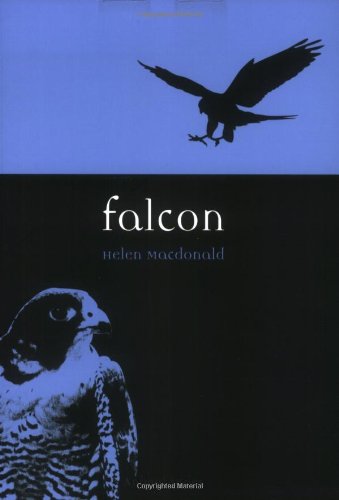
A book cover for Falcon (Reaktion Books - Animal); Helen Macdonald; Crafts, Hobbies & Home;